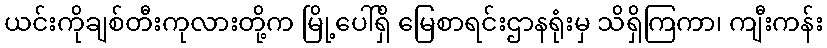
ယင်းကိုချစ်တီးကုလားတို့က မြို့ပေါ်ရှိ မြေစာရင်းဌာနရုံးမှ သိရှိကြကာ၊ ကျီးကန်း